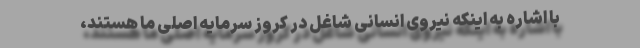
با اشاره به اینکه نیروی انسانی شاغل در کروز سرمایه اصلی ما هستند،